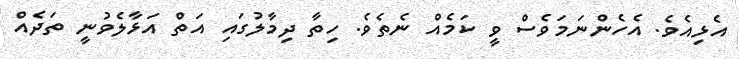
އެޅިއެވެ. އެހެންނަމަވެސް ވީ ކަމެއް ނެތެވެ. ހިތާ ދިމާލުގައި އަތް އަޅާލެވުނީ ތަދެއް